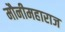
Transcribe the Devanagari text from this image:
मौनीमहाराज